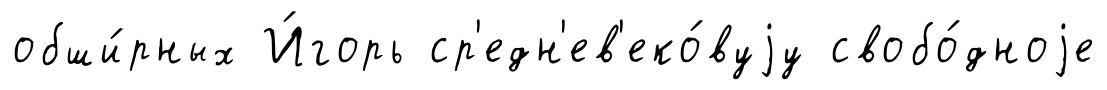
обши́рных И́горь ср'едн'ев'еко́вуjу свобо́дноjе